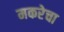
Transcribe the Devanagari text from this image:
मकरेचा